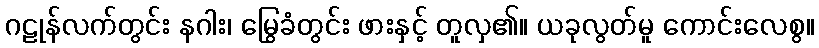
ဂဠုန်လက်တွင်း နဂါး၊ မြွေခံတွင်း ဖားနှင့် တူလှ၏။ ယခုလွတ်မူ ကောင်းလေစွ။